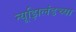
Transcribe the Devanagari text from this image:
न्यूझिलंडच्या